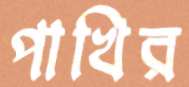
পাখির